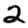
Digit: 2